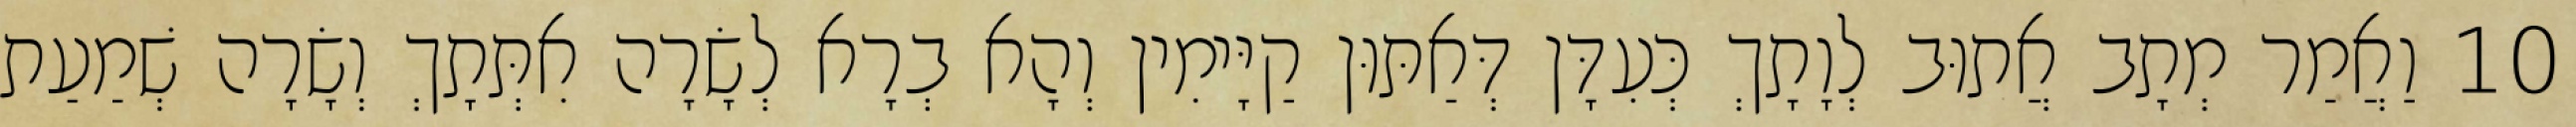
10 וַאֲמַר מְתָב אֲתוּב לְוָתָךְ כְּעִדָּן דְּאַתּוּן קַיָּימִין וְהָא בְרָא לְשָׂרָה אִתְּתָךְ וְשָׂרָה שְׁמַעַת